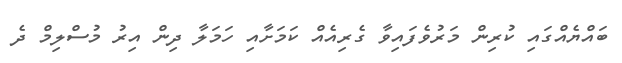
ބައްޔެއްގައި ކުރިން މަރުވެފައިވާ ގެރިއެއް ކަމަށާއި ހަމަލާ ދިން އިރު މުސްލިމް ދެ